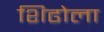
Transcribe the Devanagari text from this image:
शिढोला